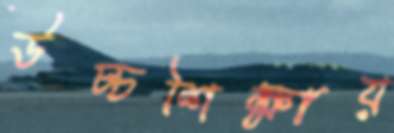
উচ্চশিক্ষায়